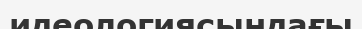
идеологиясындағы